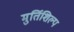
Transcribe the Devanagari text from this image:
मुर्तिशिल्प